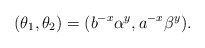
\begin{align*} (\theta_1,\theta_2)=(b^{-x}\alpha^y,a^{-x}\beta^y) .\end{align*}